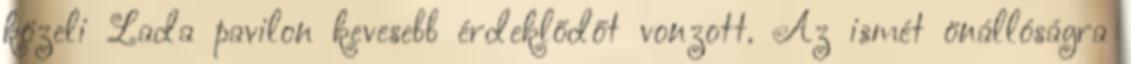
közeli Lada pavilon kevesebb érdeklődőt vonzott. Az ismét önállóságra